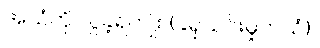
အသံကို လှူခဲ့ရကျိုး (ခရုသင်းမှုတ်သံ)။